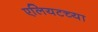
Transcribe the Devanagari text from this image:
एलियटच्या